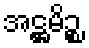
အဋ္ဌမိဉ္စ